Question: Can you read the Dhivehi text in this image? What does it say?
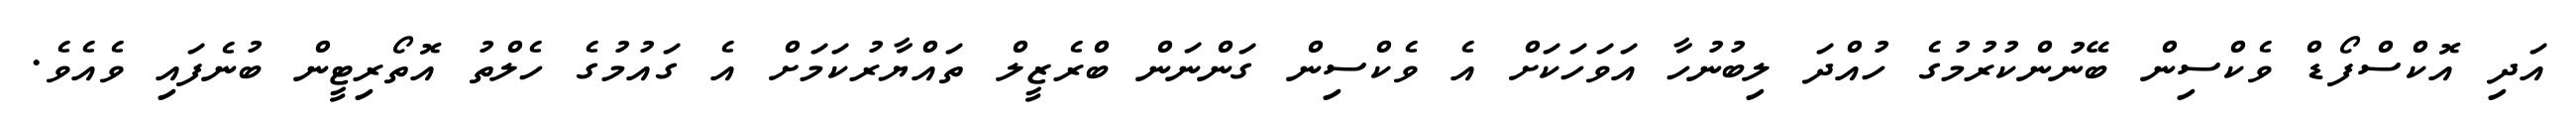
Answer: އަދި އޮކްސްފޯޑް ވެކްސިން ބޭނުންކުރުމުގެ ހުއްދަ ލިބުނުހާ އަވަހަކަށް އެ ވެކްސިން ގަންނަން ބްރެޒީލް ތައްޔާރުކަމަށް އެ ގައުމުގެ ހެލްތު އޮތޯރިޓީން ބުނެފައި ވެއެވެ.